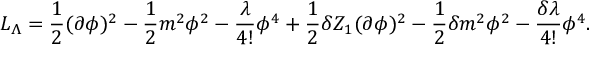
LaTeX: { \cal { L } } _ { \Lambda } = \frac { 1 } { 2 } ( \partial \phi ) ^ { 2 } - \frac { 1 } { 2 } m ^ { 2 } \phi ^ { 2 } - \frac { \lambda } { 4 ! } \phi ^ { 4 } + \frac { 1 } { 2 } \delta Z _ { 1 } ( \partial \phi ) ^ { 2 } - \frac { 1 } { 2 } \delta m ^ { 2 } \phi ^ { 2 } - \frac { \delta \lambda } { 4 ! } \phi ^ { 4 } .